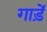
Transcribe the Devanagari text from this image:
गाड़ें